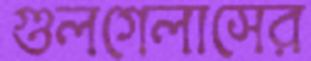
গুলগেলাসের